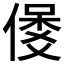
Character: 𱏇